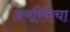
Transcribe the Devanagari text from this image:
अमरिकेचा